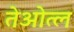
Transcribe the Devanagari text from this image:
तेओत्ल